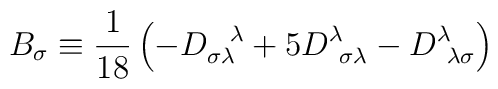
B_\sigma  \equiv \frac{1}{18} \left( -  D_{\sigma \lambda }^{~~\lambda } + 5 D^\lambda_{~\sigma \lambda } - D^\lambda_{~\lambda \sigma }\right)